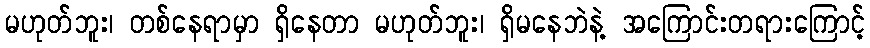
မဟုတ်ဘူး၊ တစ်နေရာမှာ ရှိနေတာ မဟုတ်ဘူး၊ ရှိမနေဘဲနဲ့ အကြောင်းတရားကြောင့်